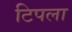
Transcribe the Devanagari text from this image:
टिपला